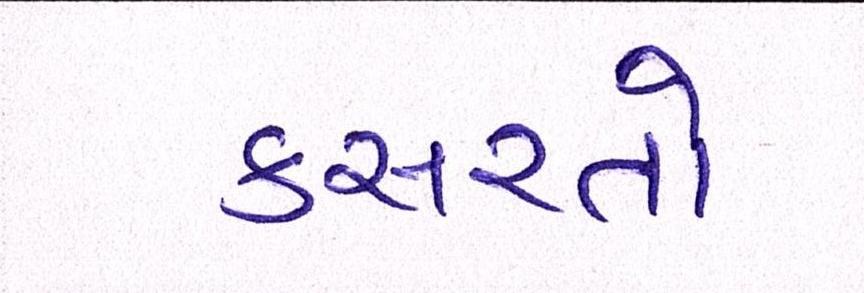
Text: કસરતો